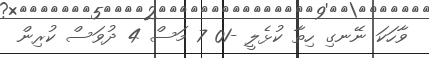
ވާހަކަ ނޭނގި ހިތާ ކުޅެލީ -01 7 މަސް 4 ދުވަސް ކުރިން